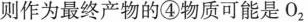
则作为最终产物的④物质可能是0_{2|